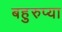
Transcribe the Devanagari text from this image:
बहुरुप्या